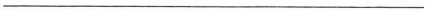
___